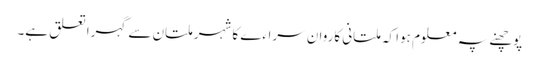
پوچھنے پہ معلوم ہوا کہ ملتانی کاروان سراءے کا شہر ملتان سے گہرا تعلق ہے۔